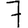
Digit: 7